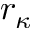
r _ { \kappa }